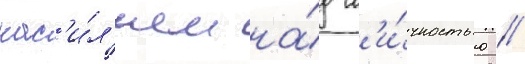
нас'и́л'ием на́д л'и́чностью //